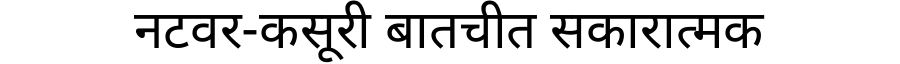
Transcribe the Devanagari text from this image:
नटवर-कसूरी बातचीत सकारात्मक